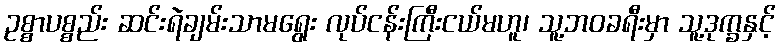
ဥစ္စာပစ္စည်း ဆင်းရဲချမ်းသာမရွေး လုပ်ငန်းကြီးငယ်မဟူ၊ သူ့ဘဝခရီးမှာ သူ့ဒုက္ခနှင့်